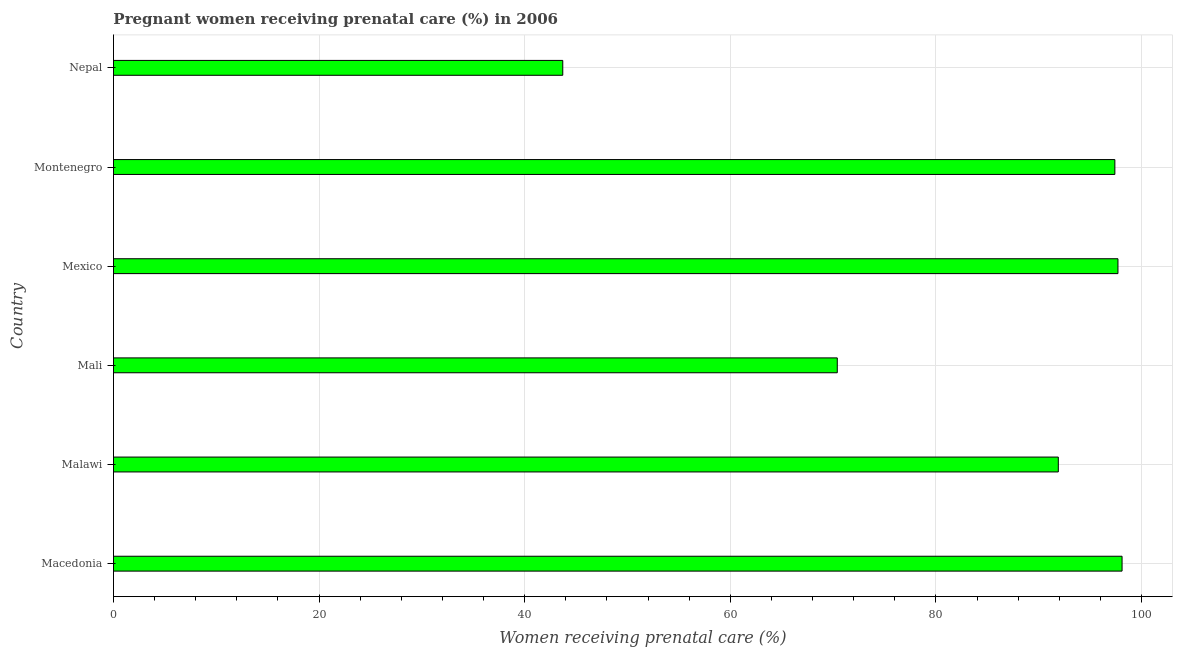
| Country | Pregnant women receiving prenatal care |
 | --- | --- |
 | Macedonia | 98.1 |
 | Malawi | 91.9 |
 | Mali | 70.4 |
 | Mexico | 97.7 |
 | Montenegro | 97.4 |
 | Nepal | 43.7 |